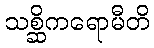
သစ္ဆိကရောမီတိ